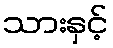
သားနှင့်